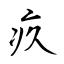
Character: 疚